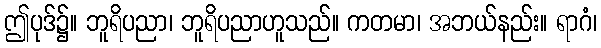
ဤပုဒ်၌။ ဘူရိပညာ၊ ဘူရိပညာဟူသည်။ ကတမာ၊ အဘယ်နည်း။ ရာဂံ၊